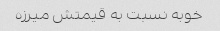
خوبه نسبت به قیمتش میرزه